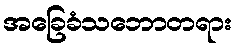
အခြေခံသဘောတရား